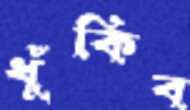
ধুঁকিব